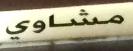
مشاوي